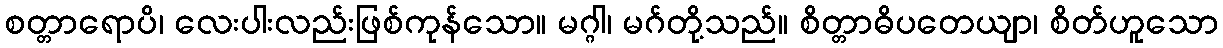
စတ္တာရောပိ၊ လေးပါးလည်းဖြစ်ကုန်သော။ မဂ္ဂါ၊ မဂ်တို့သည်။ စိတ္တာဓိပတေယျာ၊ စိတ်ဟူသော